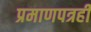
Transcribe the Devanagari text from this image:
प्रमाणपत्रही